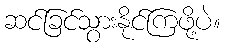
ဆင်ခြင်သွားနိုင်ကြဖို့ပဲ။